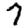
Digit: 7